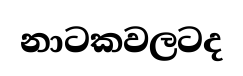
නාටකවලටද